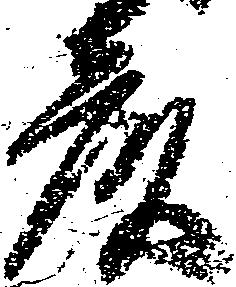
彦